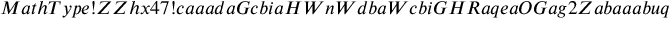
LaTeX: M a t h T y p e ! Z Z h x 4 7 ! c a a a d a G c b i a H W n W d b a W c b i G H R a q e a O G a g 2 Z a b a a a b u q a b e G a c a a a b i